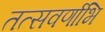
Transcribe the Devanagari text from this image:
तत्सवर्णाभि